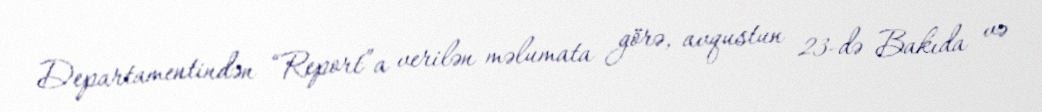
Departamentindən “Report”a verilən məlumata görə, avqustun 23-də Bakıda və